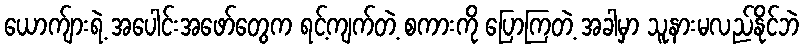
ယောက်ျားရဲ့ အပေါင်းအဖော်တွေက ရင့်ကျက်တဲ့ စကားကို ပြောကြတဲ့ အခါမှာ သူနားမလည်နိုင်ဘဲ